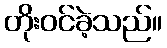
တိုးဝင်ခဲ့သည်။